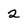
Character: 2